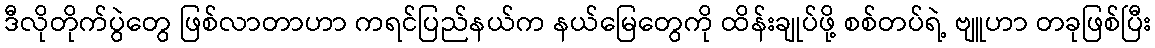
ဒီလိုတိုက်ပွဲတွေ ဖြစ်လာတာဟာ ကရင်ပြည်နယ်က နယ်မြေတွေကို ထိန်းချုပ်ဖို့ စစ်တပ်ရဲ့ ဗျူဟာ တခုဖြစ်ပြီး